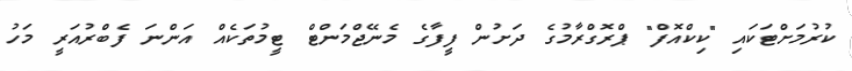
ކުރުމަށްޓަކައި "ކިކްއޮފް" ޕްރޮގްރާމުގެ ދަށުން ފީފާގެ މެނޭޖްމަންޓް ޓީމުތަކެއް އަންނަ ފެބްރުއަރީ މަހު